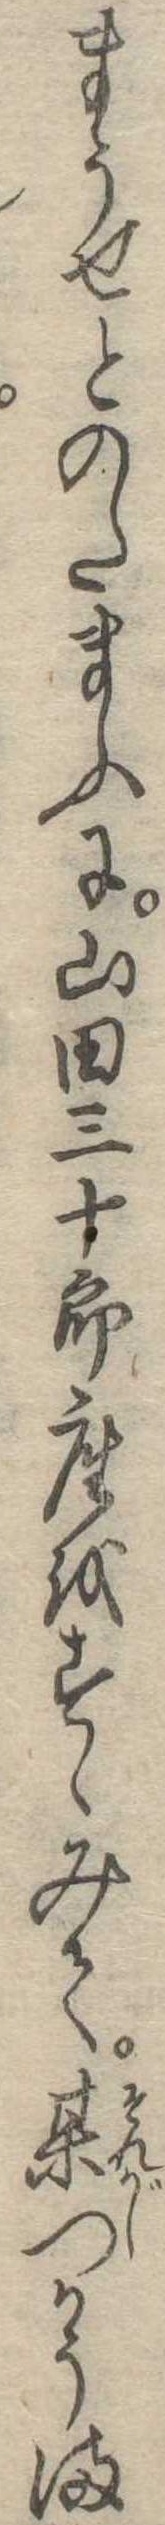
まうせとのたまふに山田三十郎座をすゝみて某つかうま